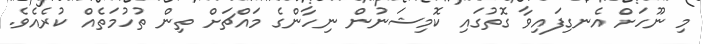
މި ނޫހަށް އެނގިފައިވާ ގޮތުގައި ކޮމިޝަނުން ނިހާންގެ މައްޗަށް ތިން ތުހުމަތެއް ކުރެއެވެ.